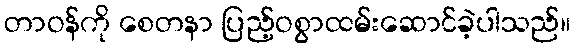
တာဝန်ကို စေတနာ ပြည့်ဝစွာထမ်းဆောင်ခဲ့ပါသည်။